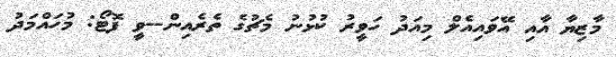
މާޒިޔާ އާއި އޭވައިއެލް މިއަދު ހަވީރު ކުޅުނު މެޗުގެ ތެރެއިން--ވީ ފޮޓޯ: މުހައްމަދު